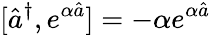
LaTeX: [\hat{a}^{\dagger},e^{\alpha\hat{a}}]=-\alpha e^{\alpha\hat{a}}